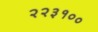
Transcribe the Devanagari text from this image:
२२३१००